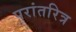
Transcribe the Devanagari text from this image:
परांतरित्र